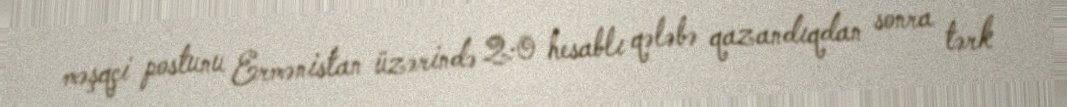
məşqçi postunu Ermənistan üzərində 2:0 hesablı qələbə qazandıqdan sonra tərk